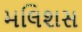
મલિશસ